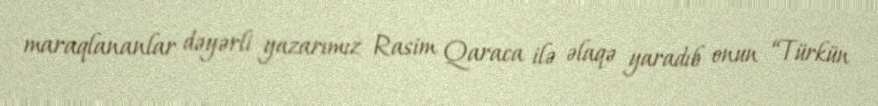
maraqlananlar dəyərli yazarımız Rasim Qaraca ilə əlaqə yaradıb onun “Türkün